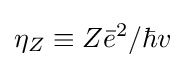
\eta _{Z}\equiv Z{\bar {e}}^{2}/\hbar v